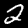
Label: 2